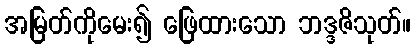
အမြတ်ကိုမေး၍ ဖြေထားသော ဘဒ္ဒဇိသုတ်။